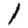
Digit: 1